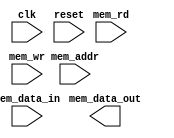
module SDRAM_controller(
    input wire clk,
    input wire reset,
    input wire mem_rd,
    input wire mem_wr,
    input wire mem_addr,
    input wire mem_data_in,
    output wire mem_data_out
);

// Controller module code here

endmodule